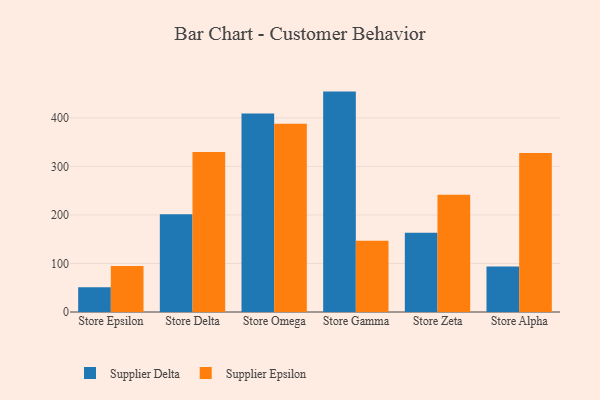
{"axis": {"x": "Store", "y": "Revenue (USD Million)"}, "legend": ["Supplier Delta", "Supplier Epsilon"], "data": [{"x": "Store Epsilon", "y": 51.0, "type": "Supplier Delta"}, {"x": "Store Epsilon", "y": 94.7, "type": "Supplier Epsilon"}, {"x": "Store Delta", "y": 201.4, "type": "Supplier Delta"}, {"x": "Store Delta", "y": 329.9, "type": "Supplier Epsilon"}, {"x": "Store Omega", "y": 409.0, "type": "Supplier Delta"}, {"x": "Store Omega", "y": 388.1, "type": "Supplier Epsilon"}, {"x": "Store Gamma", "y": 454.2, "type": "Supplier Delta"}, {"x": "Store Gamma", "y": 146.9, "type": "Supplier Epsilon"}, {"x": "Store Zeta", "y": 163.3, "type": "Supplier Delta"}, {"x": "Store Zeta", "y": 241.6, "type": "Supplier Epsilon"}, {"x": "Store Alpha", "y": 93.6, "type": "Supplier Delta"}, {"x": "Store Alpha", "y": 327.9, "type": "Supplier Epsilon"}]}